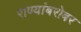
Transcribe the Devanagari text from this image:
राण्यांबरोबर